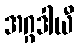
အဂ္ဂဒါယီ